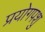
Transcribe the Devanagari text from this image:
प्रयोगपशु